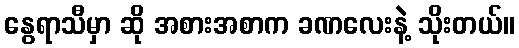
နွေရာသီမှာ ဆို အစားအစာက ခဏလေးနဲ့ သိုးတယ်။